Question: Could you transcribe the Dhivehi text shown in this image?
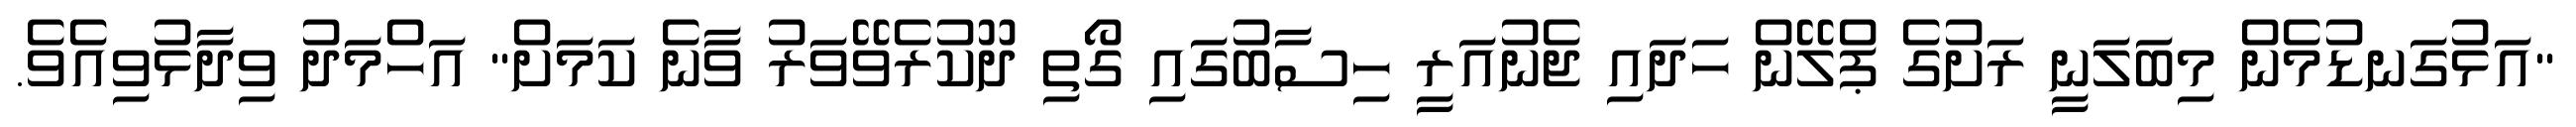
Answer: "އަޅުގަނޑުމެން މިބަލަނީ ރަށުގެ ޕްލޭން ހަދައި ޖެނުއަރީ ހިސާބުގައި ގޯތި ދޫކުރެވޭވަރު ވާނެ ކަމަށް" އަހްމަދު ވިދާޅުވިއެވެ.